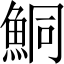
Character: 鮦